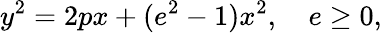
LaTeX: y^{2}=2px+(e^{2}-1)x^{2},\quad e\geq 0,